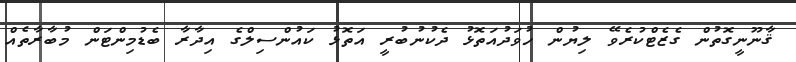
ޤާނޫނީގޮތުން ގެޒެޓްކުރެވޭ ލިޔުން ހުވަދުއަތޮޅު ދެކުނުބުރީ އަތޮޅު ކައުންސިލްގެ އިދާރާ ބެޑުމިންޓަން މުބާރާތެއް